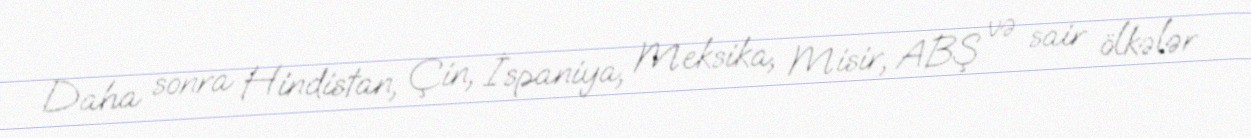
Daha sonra Hindistan, Çin, İspaniya, Meksika, Misir, ABŞ və sair ölkələr